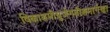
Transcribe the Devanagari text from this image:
विकाशमीयुर्जगतीशमार्गणा